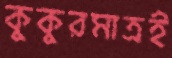
কুকুরমাত্রই